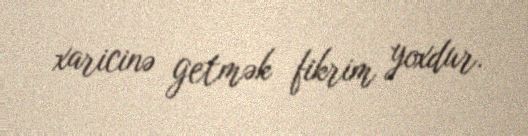
xaricinə getmək fikrim yoxdur.